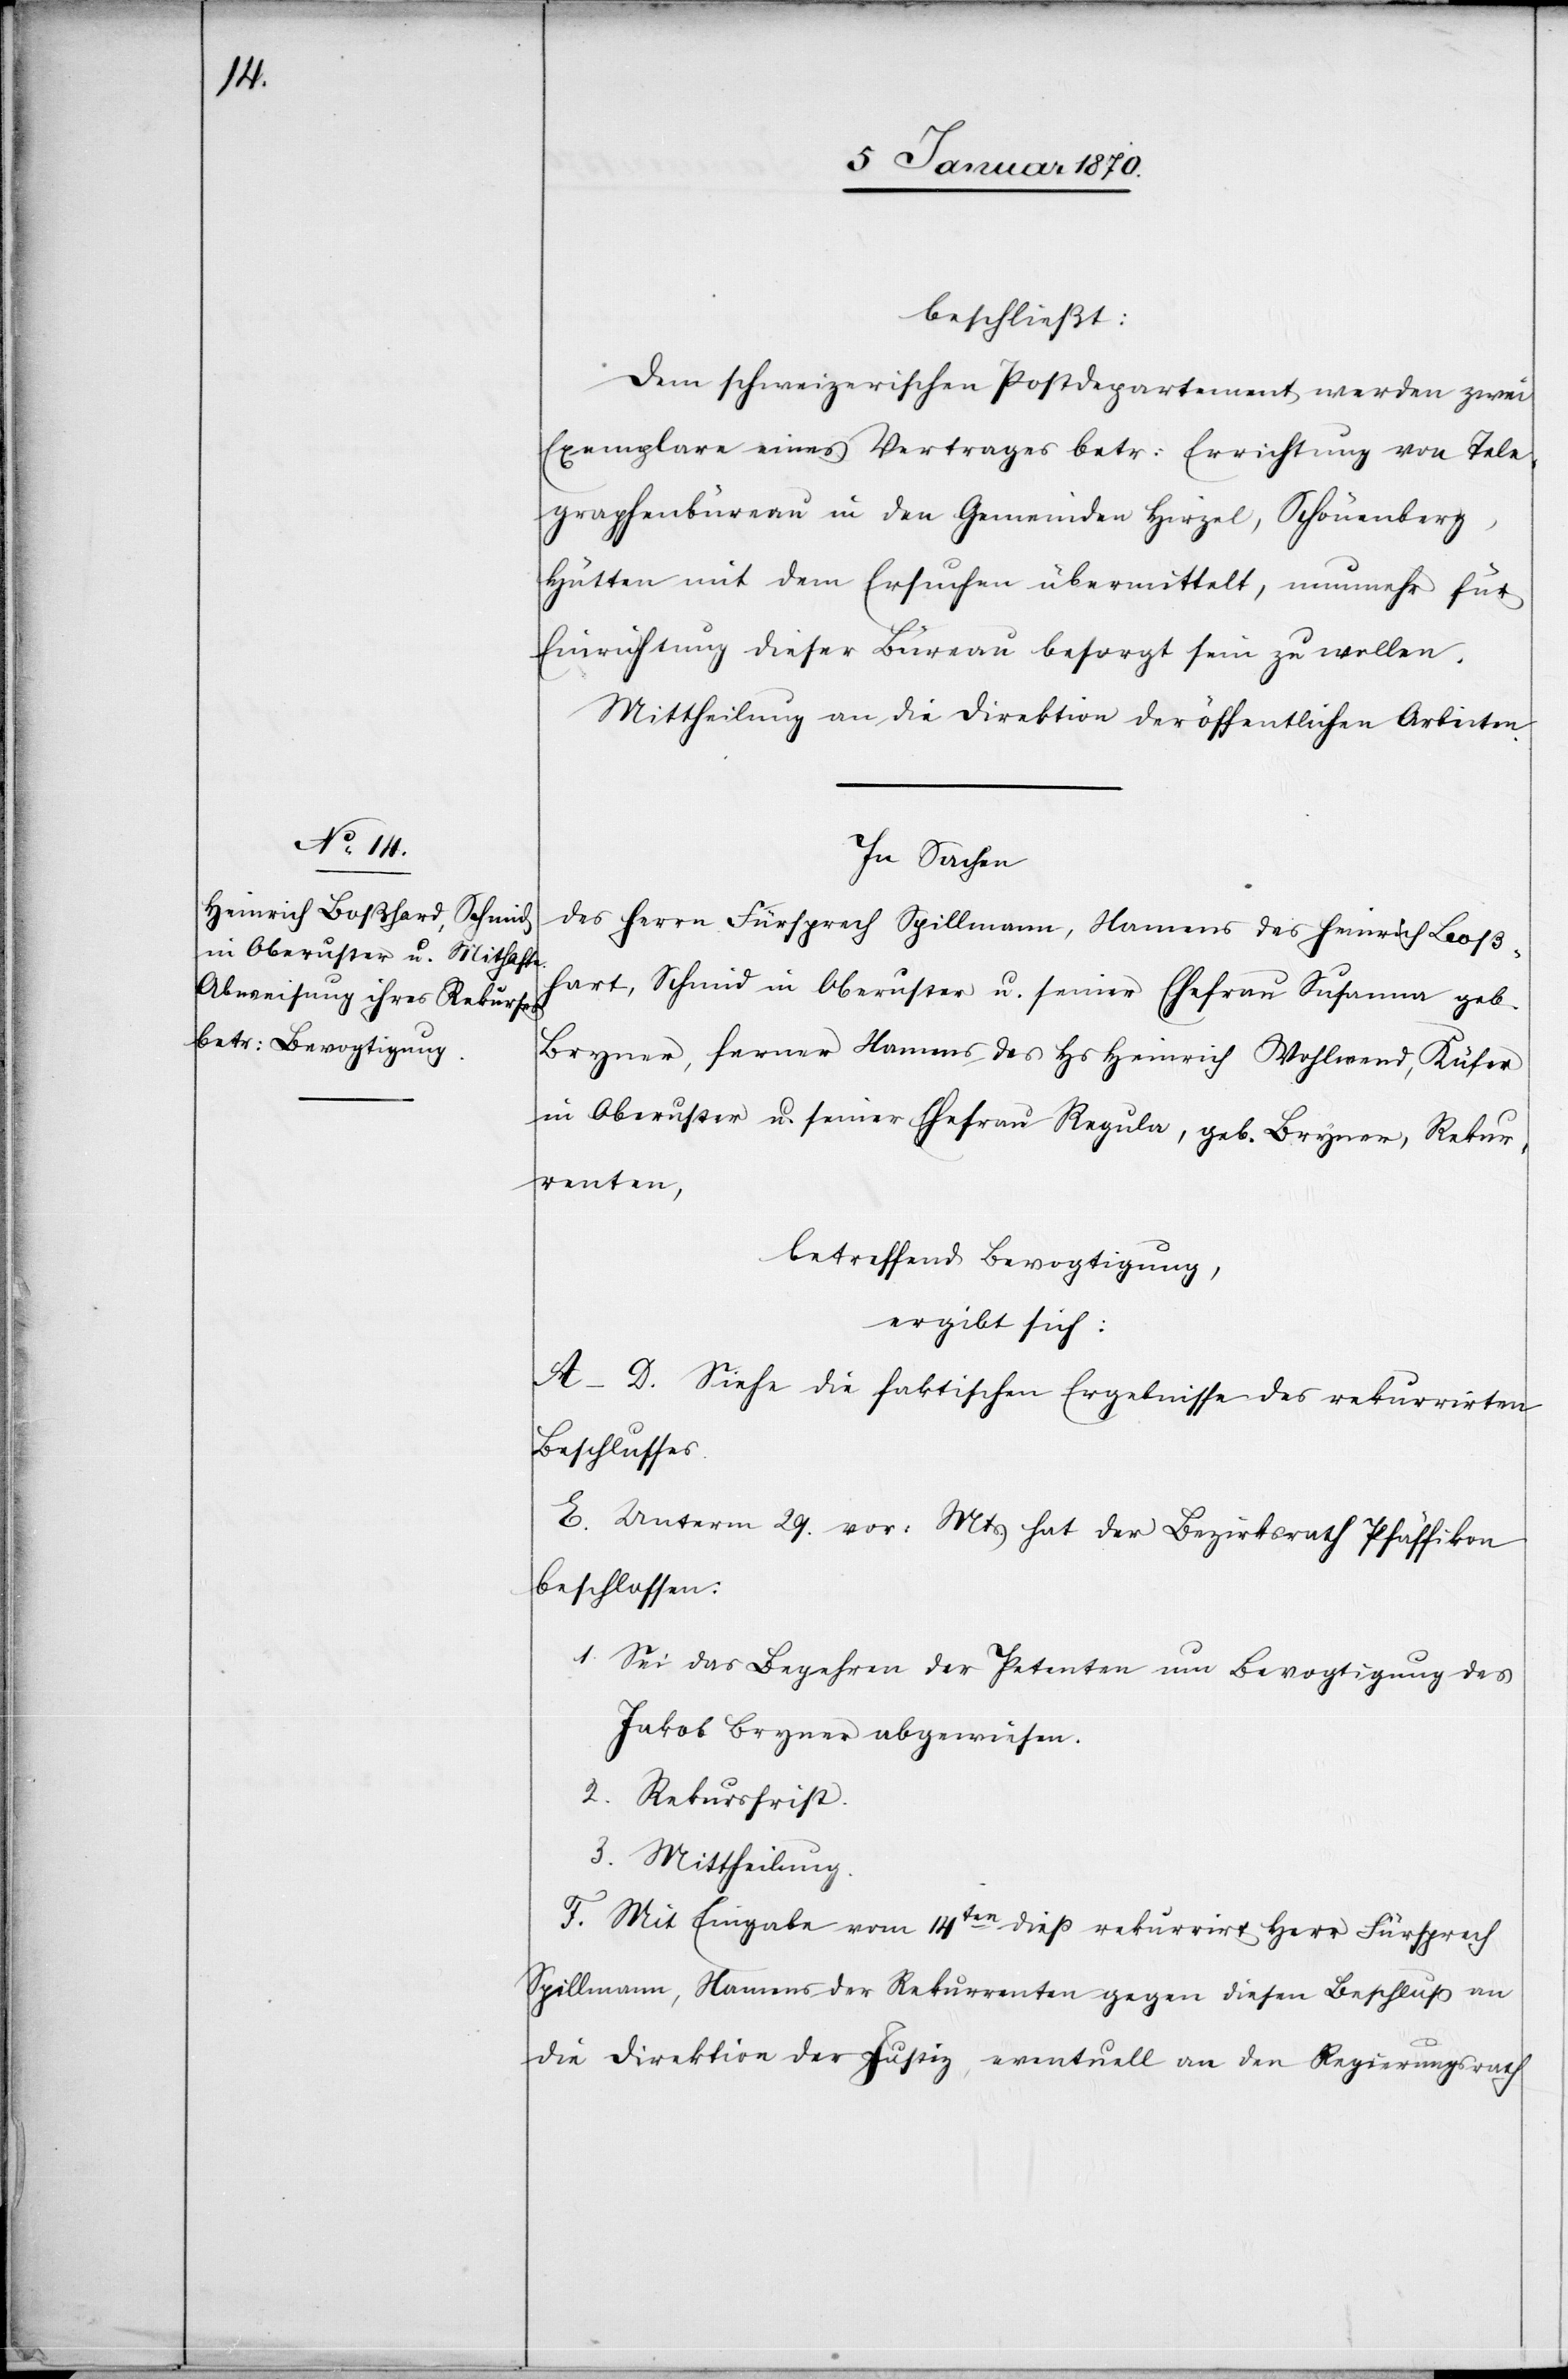
beschließt:
Dem schweizerischen Postdepartement werden zwei
Exemplare eines Vertrages betr: Errichtung von Tele¬
graphenbüreau in den Gemeinden Hirzel, Schönenberg,
Hütten mit dem Ersuchen übermittelt, nunmehr für
Einrichtung dieser Büreau besorgt sein zu wollen.
Mittheilung an die Direktion der öffentlichen Arbeiten.
In Sachen
des Herrn Fürsprech Spillmann, Namens des Heinrich Boß¬
hart, Schmid in Oberuster u. seiner Ehefrau Susanna geb.
Bryner, ferner namens des Hs Heinrich Wohlwend, Küfer
in Oberuster u. seiner Ehefrau Regula, geb. Bryner, Rekur¬
renten,
betreffend Bevogtigung,
ergibt sich:
A-D. Siehe die faktischen Ergebnisse des rekurrirten
Beschlusses.
E. Unterm 29. vor: Mts. hat der Bezirksrath Pfäffikon
beschlossen:
1. Sei das Begehren der Petenten um Bevogtigung des
Jakob Bryner abgewiesen.
2. Rekursfrist.
3. Mittheilung.
F. Mit Eingabe vom 14ten dieß rekurrirt Herr Fürsprech
Spillmann, Namens der Rekurrenten gegen diesen Beschluß an
die Direktion der Justiz, eventuell an den Regierungsrath